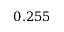
0 . 2 5 5